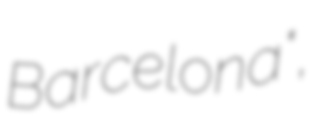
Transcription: Barcelona",